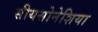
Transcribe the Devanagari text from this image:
सीयसोनेशिया